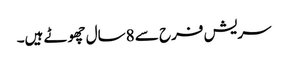
سریش فرح سے 8سال چھوٹے ہیں۔